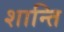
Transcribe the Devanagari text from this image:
शान्‍ति